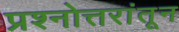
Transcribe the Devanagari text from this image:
प्रश्नोत्तरांतून